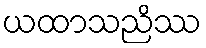
ယထာသညိဿ